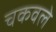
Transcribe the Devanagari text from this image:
चकवले